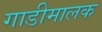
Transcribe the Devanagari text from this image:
गाडीमालक